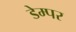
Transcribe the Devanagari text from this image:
डेम्पर